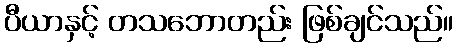
ပီယာနှင့် တသဘောတည်း ဖြစ်ချင်သည်။